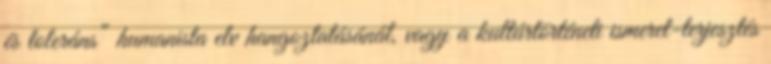
és toleráns” humanista elv hangoztatásánál, vagy a kultúrtörténeti ismeret-terjesztés